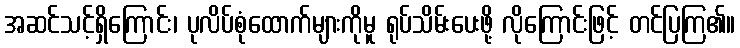
အဆင်သင့်ရှိကြောင်း၊ ပုလိပ်စုံထောက်များကိုမူ ရုပ်သိမ်းပေးဖို့ လိုကြောင်းဖြင့် တင်ပြကြ၏။